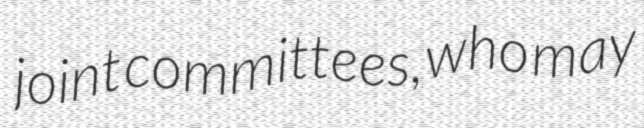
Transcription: joint committees, who may